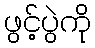
ဖွင့်ပွဲကို